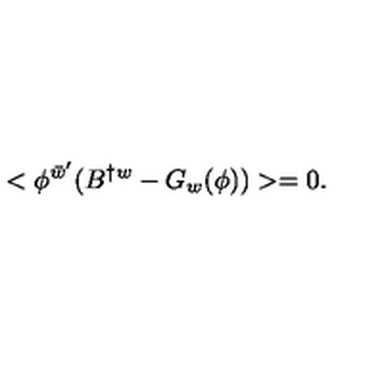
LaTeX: < \phi ^ { \bar { w } ^ { \prime } } ( B ^ { \dagger w } - G _ { w } ( \phi ) ) > = 0 .